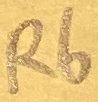
Text: R6